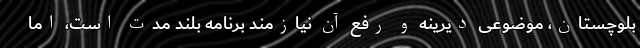
بلوچستان، موضوعی دیرینه و رفع آن نیازمند برنامه بلند مدت است، اما